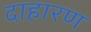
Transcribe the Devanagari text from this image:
दाहारण